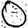
Digit: 0